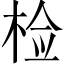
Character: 检